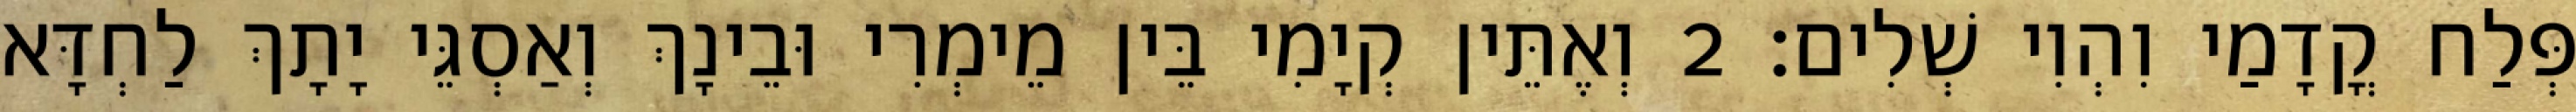
פְּלַח קֳדָמַי וִהְוִי שְׁלִים׃ 2 וְאֶתֵּין קְיָמִי בֵּין מֵימְרִי וּבֵינָךְ וְאַסְגֵּי יָתָךְ לַחְדָּא